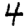
Digit: 4